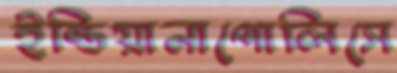
ইন্ডিয়ানাপোলিসে